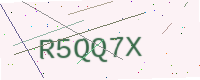
Text: R5QQ7X